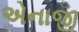
એનાજી